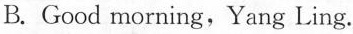
B.Good morning,Yang Ling.